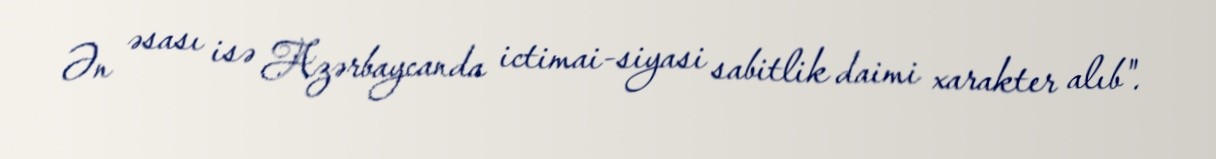
Ən əsası isə Azərbaycanda ictimai-siyasi sabitlik daimi xarakter alıb".